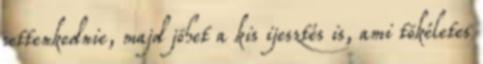
settenkednie, majd jöhet a kis ijesztés is, ami tökéletes